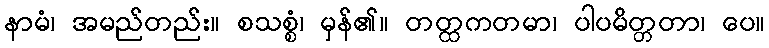
နာမံ၊ အမည်တည်း။ စသစ္စံ၊ မှန်၏။ တတ္ထကတမာ၊ ပါပမိတ္တတာ၊ ပေ။